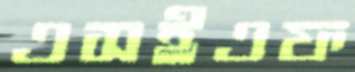
এসইএফ